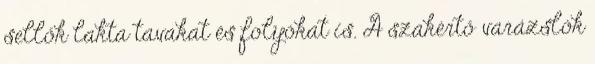
sellők lakta tavakat és folyókat is. A szakértő varázslók